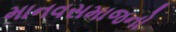
માનવસમાજનો